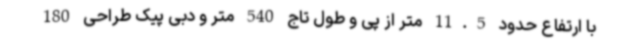
با ارتفاع حدود 11.5 متر از پی و طول تاج 540 متر و دبی پیک طراحی 180